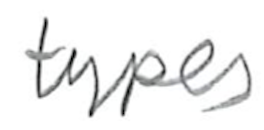
Text: types
Cross-out: clean
Writing tool: pencil